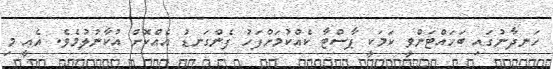
ހަނދާނުގައި ބަހައްޓަންވީ ކަމަކީ ޕާސްޓާ ކެއްކުމަށްފަހު ފެންގަނޑު އެއްކޮށް އުކާނުލުމެވެ. އެއީ މި